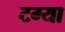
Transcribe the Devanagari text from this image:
टग्या